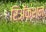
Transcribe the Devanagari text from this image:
रिॲेक्शन